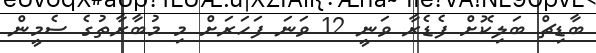
ބާޑިޗް ބަލިކޮށް ފެޑެރާ ވަނީ 12 ވަނަ ފަހަރަށް މި މުބާރާތުގެ ސެމީން